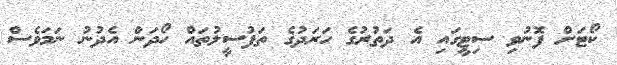
ކޯޓަށް ފޮނުވި ސިޓީގައި އެ ދަތުރުގެ ހަރަދުގެ ތަފުސީލުތައް ހޯދަން އެދުނު ނަމަވެސް